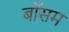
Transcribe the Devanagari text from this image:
बॉसम